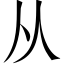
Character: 从